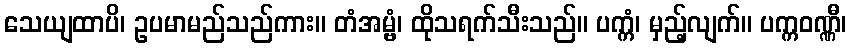
သေယျထာပိ၊ ဥပမာမည်သည်ကား။ တံအမ္ဗံ၊ ထိုသရက်သီးသည်။ ပက္ကံ၊ မှည့်လျက်။ ပက္ကဝဏ္ဏီ၊